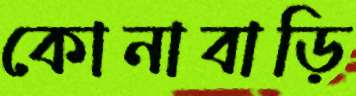
কোনাবাড়ি